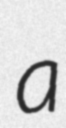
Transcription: a